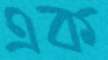
এক